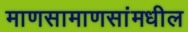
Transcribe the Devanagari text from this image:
माणसामाणसांमधील